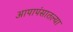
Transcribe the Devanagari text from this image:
आपापंसातल्या